Annual report on the working of the mental hospitals in the Madras Presidency - 1912-1932
Year: 1912
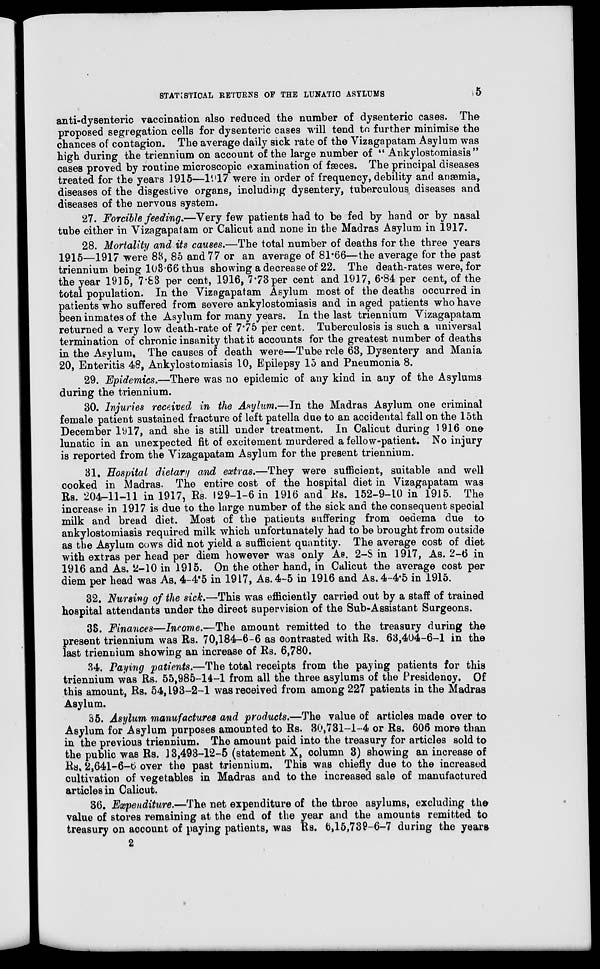
STATISTICAL RETURNS OF THE LUNATIC ASYLUMS
5
anti-dysenteric vaccination also reduced the number of dysenteric cases. The
proposed segregation cells for dysenteric cases will tend to further minimise the
chances of contagion. The average daily sick rate of the Vizagapatam Asylum was
high during the triennium on account of the large number of " Ankylostomiasis"
cases proved by routine microscopic examination of fæces. The principal diseases
treated for the years 1915—1917 were in order of frequency, debility and anæmia,
diseases of the disgestive organs, including dysentery, tuberculous diseases and
diseases of the nervous system.
27. Forcible feeding.—Very few patients had to be fed by hand or by nasal
tube either in Vizagapatam or Calicut and none in the Madras Asylum in 1917.
28. Mortality and its causes.—The total number of deaths for the three years
1915—1917 were 83, 85 and 77 or an average of 81.66—the average for the past
triennium being 103.66 thus showing a decrease of 22. The death-rates were, for
the year 1915, 7.83 per cent, 1916, 7.73per cent and 1917, 6.84 per cent, of the
total population. In the Vizagapatam Asylum most of the deaths occurred in
patients who suffered from severe ankylostomiasis and in aged patients who have
been inmates of the Asylum for many years. In the last triennium Vizagapatam
returned a very low death-rate of 7.75 per cent. Tuberculosis is such a universal
termination of chronic insanity that it accounts for the greatest number of deaths
in the Asylum. The causes of death were—Tubercle 63, Dysentery and Mania
20, Enteritis 48, Ankylostomiasis 10, Epilepsy 15 and Pneumonia 8.
29. Epidemics.—There was no epidemic of any kind in any of the Asylums
during the triennium.
30. Injuries received in the Asylum.—In the Madras Asylum one criminal
female patient sustained fracture of left patella due to an accidental fall on the 15th
December 1917, and she is still under treatment. In Calicut during 1916 one
lunatic in an unexpected fit of excitement murdered a fellow-patient. No injury
is reported from the Vizagapatam Asylum for the present triennium.
31. Hospital dietary and extras.—They were sufficient, suitable and well
cooked in Madras. The entire cost of the hospital diet in Vizagapatam was
Rs. 204-11-11 in 1917, Rs. 129-1-6 in 1916 and Rs. 152-9-10 in 1915. The
increase in 1917 is due to the large number of the sick and the consequent special
milk and bread diet. Most of the patients suffering from oedema due to
ankylostomiasis required milk which unfortunately had to be brought from outside
as the Asylum cows did not yield a sufficient quantity. The average cost of diet
with extras per head per diem however was only As. 2-S in 1917, As. 2-6 in
1916 and As. 2-10 in 1915. On the other hand, in Calicut the average cost per
diem per head was As. 4-4.5 in 1917, As. 4-5 in 1916 and As. 4-4.5 in 1915.
32. Nursing of the sick.—This was efficiently carried out by a staff of trained
hospital attendants under the direct supervision of the Sub-Assistant Surgeons.
33. Finances—Income.—The amount remitted to the treasury during the
present triennium was Rs. 70,184-6-6 as contrasted with Rs. 63,404-6-1 in the
last triennium showing an increase of Rs. 6,780.
34. Paying patients.—The total receipts from the paying patients for this
triennium was Rs. 55,985-14-1 from all the three asylums of the Presidency. Of
this amount, Rs. 54, 193-2-1 was received from among 227 patients in the Madras
Asylum.
35. Asylum manufactures and products.—The value of articles made over to
Asylum for Asylum purposes amounted to Rs. 30,731-1-4 or Rs. 606 more than
in the previous triennium. The amount paid into the treasury for articles sold to
the public was Rs. 13,493-12-5 (statement X, column 3) showing an increase of
Rs. 2,641-6-6 over the past triennium. This was chiefly due to the increased
cultivation of vegetables in Madras and to the increased sale of manufactured
articles in Calicut.
36. Expenditure.—The net expenditure of the three asylums, excluding the
value of stores remaining at the end of the year and the amounts remitted to
treasury on account of paying patients, was Rs. 6,15,739-6-7 during the years
2